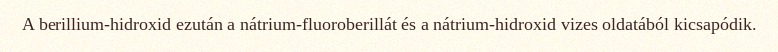
A berillium-hidroxid ezután a nátrium-fluoroberillát és a nátrium-hidroxid vizes oldatából kicsapódik.